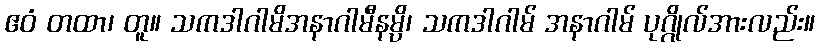
ဧဝံ တထာ၊ တူ။ သကဒါဂါမိအနာဂါမီနမ္ပိ၊ သကဒါဂါမ် အနာဂါမ် ပုဂ္ဂိုလ်အားလည်း။